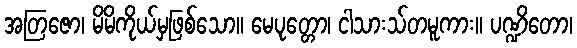
အတြဇော၊ မိမိကိုယ်မှဖြစ်သော။ မေပုတ္တော၊ ငါသားသ်တမူကား။ ပဏ္ဍိတော၊